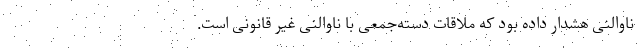
ناوالنی هشدار داده بود که ملاقات دسته‌جمعی با ناوالنی غیر قانونی است.